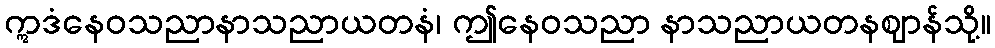
ဣဒံနေဝသညာနာသညာယတနံ၊ ဤနေဝသညာ နာသညာယတနဈာန်သို့။